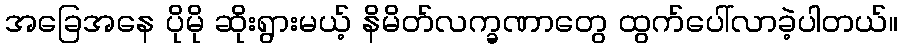
အခြေအနေ ပိုမို ဆိုးရွားမယ့် နိမိတ်လက္ခဏာတွေ ထွက်ပေါ်လာခဲ့ပါတယ်။